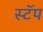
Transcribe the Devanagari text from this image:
स्टॅप